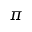
\pi